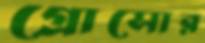
গ্রোসোর